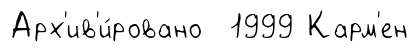
Арх'ив'и́ровано 1999 Карм'ен